Lunatic asylums United Provinces 1909-1921 - 1909-1921
Year: 1909
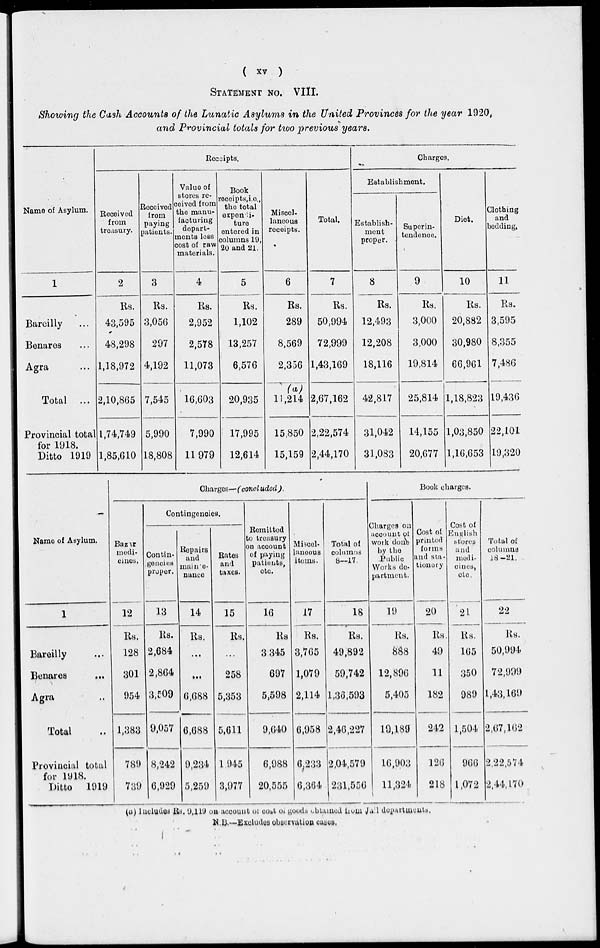
( xv )
STATEMENT NO. VIII.
Showing the Cash Accounts of the Lunatic Asylums in the United Provinces for the year 1920,
and Provincial totals for two previous years.
Name of Asylum.
1
Bareilly ...
Benares ...
Agra ...
Total ...
Provincial total
for 1918.
Ditto 1919
Receipts.
Received
from
treasury.
2
Rs.
43,595
48,298
1,18,972
2,10,865
1,74,749
1,85,610
Received
from
paying
patients.
3
Rs.
3,056
297
4,192
7,545
5,990
18,808
Value of
stores re-
ceived from
the manu-
facturing
depart-
ments less
cost of raw
materials.
4
Rs.
2,952
2,578
11,073
16,603
7,990
11,979
Book
receipts, i.e., the total
expendi-
ture
entered in
columns 19,
20 and 21.
5
Rs.
1,102
13,257
6,576
20,935
17,995
12,614
Miscel-
laneous
receipts.
6
Rs.
289
8,569
2,356
(a)
11,214
15,850
15,159
Total.
7
Rs.
50,994
72,999
1,43,169
2,67,162
2,22,574
2,44,170
Charges.
Establishment.
Establish-
ment
proper.
8
Rs.
12,493
12,208
18,116
42,817
31,042
31,083
Superin-
tendence.
9
Rs.
3,000
3,000
19,814
25,814
14,155
20,677
Diet.
10
Rs.
20,882
30,980
66,961
1,18,823
1,03,850
1,16,653
Clothing
and
bedding.
11
Rs.
3,595
8,355
7,486
19,436
22,101
19,320
Name of Asylum.
1
Bareilly ...
Benares ...
Agra ...
Total ...
Provincial total
for 1918.
Ditto 1919
Charges—(concluded).
Bazar
medi-
cines.
12
Rs.
128
301
954
1,383
789
739
Contingencies.
Contin-
gencies
proper.
13
Rs.
2,684
2,864
3,509
9,057
8,242
6,929
Repairs
and
mainte-
nance
14
Rs.
...
...
6,688
6,688
9,234
5,259
Rates
and
taxes.
15
Rs.
...
258
5,353
5,611
1,945
3,977
Remitted
to treasury
on account
of paying
patients,
etc.
16
Rs
3,345
697
5,598
9,640
6,988
20,555
Miscel-
laneous
items.
17
Rs.
3,765
1,079
2,114
6,958
6,233
6,364
Total of
columns
8—17.
18
Rs.
49,892
59,742
1,36,593
2,46,227
2,04,579
231,556
Book charges.
Charges on
account of
work done
by the
Public
Works de-
partment.
19
Rs.
888
12,896
5,405
19,189
16,903
11,324
Cost of
printed
forms
and sta-
tionery
20
Rs.
49
11
182
242
126
218
Cost of
English
stores
and
medi-
cines,
etc.
21
Rs.
165
350
989
1,504
966
1,072
Total of
columns
18—21.
22
RS.
50,994
72,999
1,43,169
2,67,162
2,22,574
2,44,170
(a) Includes Rs, 9,119 on account of cost of goods obtained from Jail departments.
N.B.—Excludes observation cases.